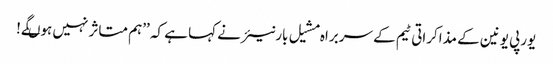
یورپی یونین کے مذاکراتی ٹیم کے سربراہ مشیل بارنیئر نے کہا ہے کہ ’’ہم متاثر نہیں ہوںگے!